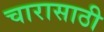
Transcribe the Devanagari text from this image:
चारासाठी